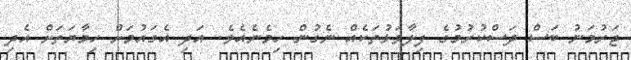
ޖަރުމަނު ބަސް ދަސްކުރުމުގެ ފިލާވަޅުތަކެއް ނެގުން ހިމެނެއެވެ. އަދި އެގައުމަށް ހިމާޔަތަށް އެދި